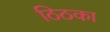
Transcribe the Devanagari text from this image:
ठिठका